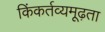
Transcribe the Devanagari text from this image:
किंकर्तव्यमूढ़ता